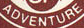
ADVENTUER